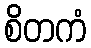
စိတကံ